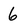
Character: 6